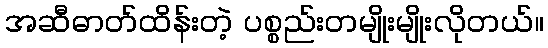
အဆီဓာတ်ထိန်းတဲ့ ပစ္စည်းတမျိုးမျိုးလိုတယ်။